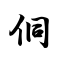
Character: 侗